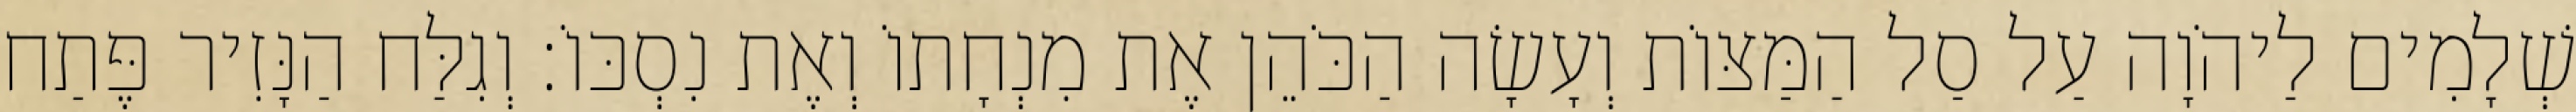
שְׁלָמִים לַיהֹוָה עַל סַל הַמַּצּוֹת וְעָשָׂה הַכֹּהֵן אֶת מִנְחָתוֹ וְאֶת נִסְכּוֹ׃ וְגִלַּח הַנָּזִיר פֶּתַח